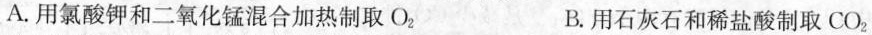
A.用氯酸钾和二氧化锰混合加热制取O_{2} B.用石灰石和稀盐酸制取CO_{2}